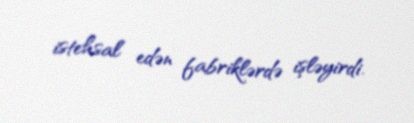
istehsal edən fabriklərdə işləyirdi.